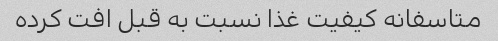
متاسفانه کیفیت غذا نسبت به قبل افت کرده